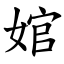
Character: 婠